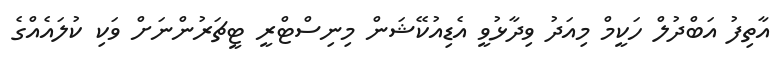
އާތިފު އަބްދުލް ހަކީމް މިއަދު ވިދާޅުވީ އެޑިއުކޭޝަން މިނިސްޓްރީ ޓީޗަރުންނަށް ވަކި ކުލައެއްގެ